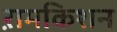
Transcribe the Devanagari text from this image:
ऱामकिशन